Report on sanitation, dispensaries, and jails in Rajputana for 1913, and on vaccination for the year 1913-1914 - 1913-1914
Year: 1913
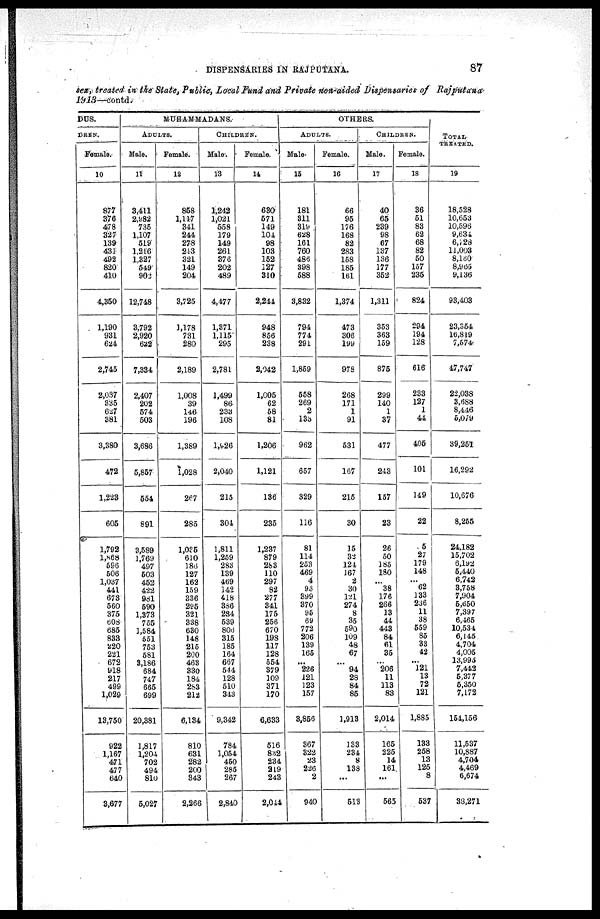
DISPENSARIES IN RAJPUTANA.
87
sex, treated in the State, Public, Local Fund and Private non-aided Dispensaries of
Rajputana
1913—contd.
DUS.
DREN.
Female.
10
877
376
478
327
139
431
492
820
410
4,350
1,190
931
624
2,745
2,037
335
627
381
3,380
472
1,223
605
1,792
1,868
596
506
1,037
441
678
560
375
608
685
833
220
221
672
918
217
499
1,029
13,750
922
1,167
471
477
640
3,677
MUHAMMADANS.
ADULTS.
Male.
11
3,411
2,982
735
1,107
519
1,216
1,327
549
902
12,748
3,792
2,920
622
7,334
2,407
202
574
503
3,686
5,857
554
891
3,589
1,769
497
503
452
422
981
590
1,373
755
1,584
551
753
581
3,186
684
747
665
699
20,381
1,817
1,204
702
494
810
5,027
Female.
12
858
1,117
341
244
278
213
321
149
204
3,725
1,178
731
280
2,189
1,008
39
146
196
1,389
1,028
267
285
1,035
610
186
127
162
159
336
295
321
338
630
148
215
200
463
330
184
283
212
6,134
810
631
282
200
343
2,266
CHILDREN.
Male.
13
1,242
1,021
558
179
149
261
376
202
489
4,477
1,371
1,115
295
2,781
1,499
86
233
108
1,926
2,040
215
304
1,811
1,259
283
139
469
142
418
386
234
539
806
315
185
164
667
544
128
510
343
9,342
784
1,054
450
285
267
2,840
Female.
14
630
571
149
104
98
103
152
127
310
2,244
948
856
238
2,042
1,005
62
58
81
1,206
1,121
136
235
1,237
879
283
110
297
82
277
341
175
256
670
198
117
128
554
379
100
371
170
6,633
516
832
234
219
243
2,044
OTHERS.
ADULTS.
Male.
15
181
311
319
628
161
760
486
398
588
3,832
794
774
291
1,859
558
269
2
133
962
657
329
116
81
114
253
469
4
93
399
370
95
69
772
206
139
165
...
226
121
123
157
3,856
367
322
23
226
2
940
Female.
16
66
95
176
168
82
283
158
185
161
1,374
473
306
199
978
268
171
1
91
531
167
215
30
15
32
124
167
2
30
121
274
8
35
590
109
48
67
...
94
28
84
85
1,913
133
234
8
138
...
513
CHILDREN.
Male.
17
40
65
239
98
67
137
136
177
352
1,311
353
363
159
875
299
140
1
37
477
243
157
23
26
50
185
180
...
38
176
266
13
44
443
84
61
35
...
206
11
113
83
2,014
165
225
14
161
...
565
Female.
18
36
51
83
62
68
82
50
157
235
824
294
194
128
616
233
127
1
44
405
101
149
22
5
27
179
148
...
62
133
236
11
38
559
85
33
42
...
121
13
72
121
1,885
133
258
13
125
8
537
TOTAL
TREATED.
19
18,528
10,653
10,596
9,634
6,728
11,003
8,160
8,965
9,136
93,403
23,354
16,819
7,574
47,747
22,038
3,688
8,446
5,079
39,251
16,292
10,676
8,255
24,182
15,702
6,192
5,440
6,742
3,758
7,904
5,650
7,397
6,465
10,534
6,145
4,704
4,005
13,995
7,442
5,377
5,350
7,172
154,156
11,537
10,887
4,704
4,469
6,674
38,271